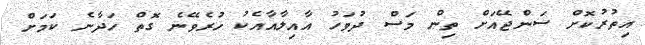
އިތުރުކޮށް ސަންޖޭއަށް ތިން މަސް ދުވަހު އާއިލާއާއެކު ހުރެވޭނެ ގޮތް ހަދާނެ ކަމަށް